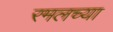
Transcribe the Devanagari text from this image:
रमलच्या